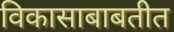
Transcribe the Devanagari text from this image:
विकासाबाबतीत